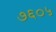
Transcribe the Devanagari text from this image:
७६०५